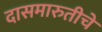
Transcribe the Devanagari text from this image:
दासमारुतीचे